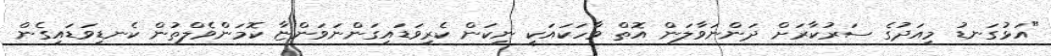
"އަޅުގަނޑު މިއަދުގެ ސަރުކާރަށް ދަންނަވާލަން އޮތް ވާހަކައަކީ ނިކަން ކެރިވަޑައިގަންނަވަންޏާ ކޮމަންވެލްތުން ކެނޑިވަޑައިގެން